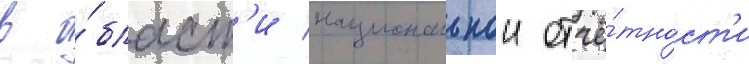
в о́бласт'и национальнои отчё́тност'и